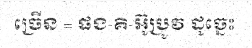
ច្រើន = ផង-គិ-អ៊ូប្រូវ ដូច្នេះ